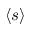
\langle s \rangle